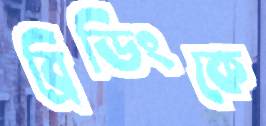
ব্রিডিংকে